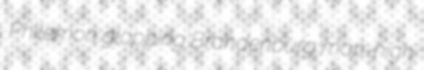
Philemon glopping Brandenburg man-high